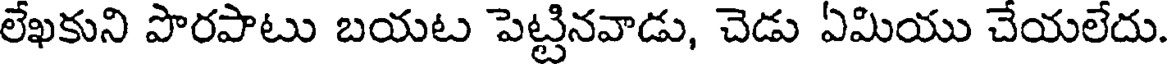
లేఖకుని పొరపాటు బయట పెట్టినవాడు, చెడు ఏమియు చేయలేదు.